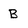
Character: B